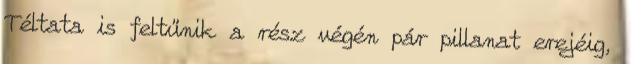
Téltata is feltűnik a rész végén pár pillanat erejéig,